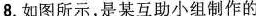
8.如图所示，是某互助小组制作的